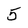
Character: 5